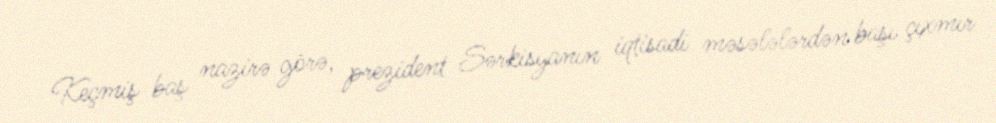
Keçmiş baş nazirə görə, prezident Sərkisyanın iqtisadi məsələlərdən başı çıxmır